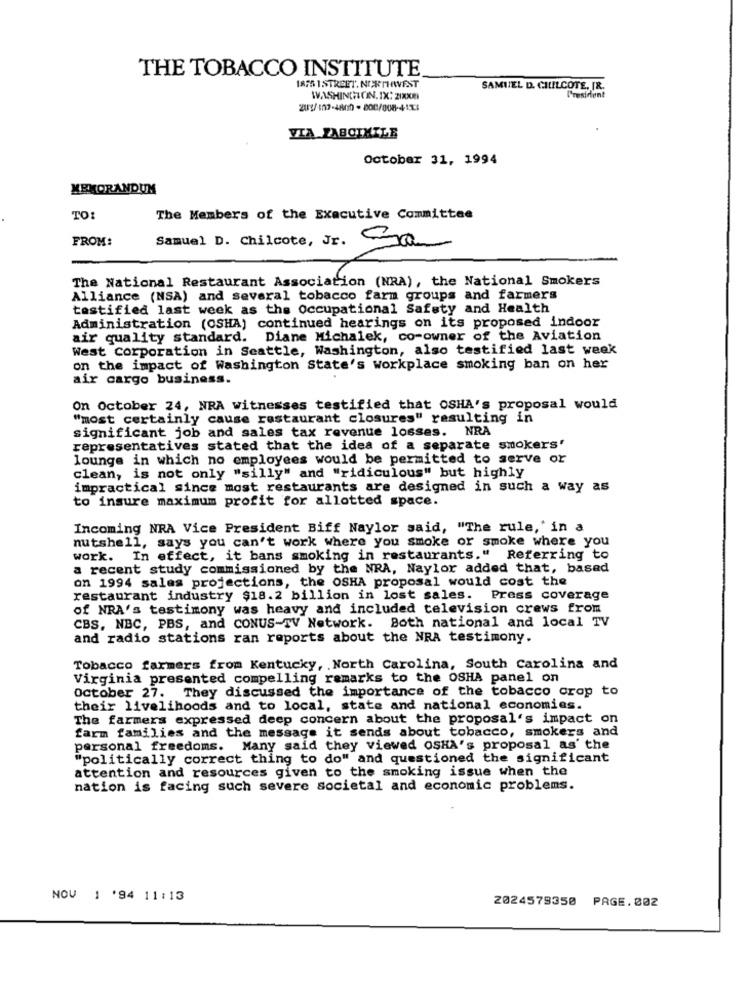
THE TOBACCO INSTITUTE
1875 1STREET. NORTHWEST
SAMUEL D. CHILCOTE, JR.
WASHINGTON.IX: 21XXXX
President
2017/107-4800 -800/008-45524
VIA YABOIMILE
October 31, 1994
MEMORANDUM
TO:
The Members of the Executive Committee
FROM:
Samuel D. Chilcote, Jr. Ja
The National Restaurant Association (NRA), the National Smokers
Alliance (NSA) and several tobacco farm groups and farmers
testified last week as the Occupational Safety and Health
Administration (OSHA) continued hearings on its proposed indoor
air quality standard. Diane Michalek, co-owner of the Aviation
West Corporation in Seattle, Washington, also testified last week
on the impact of Washington State's workplace smoking ban on her
air cargo business.
On October 24, NRA witnesses testified that OSHA's proposal would
"most certainly cause restaurant closures" resulting in
significant job and sales tax revenue losses. NRA
representatives stated that the idea of a separate smokers'
lounge in which no employees would be permitted to serve or
clean, is not only "silly" and "ridiculous" but highly
impractical since most restaurants are designed in such a way as
to insure maximum profit for allotted space.
Incoming NRA Vice President Biff Naylor said, "The rule,' in a
nutshell, says you can't work where you smoke or smoke where you
work. In effect, it bans smoking in restaurants." Referring to
a recent study commissioned by the NRA, Naylor added that, based
on 1994 salas projections, the OSHA proposal would cost the
restaurant industry $18.2 billion in lost sales. Press coverage
of NRA's testimony was heavy and included television crews from
CBS, NBC, PBS, and CONUS-TV Network. Both national and local TV
and radio stations ran reports about the NRA testimony.
Tobacco farmers from Kentucky, North Carolina, South Carolina and
Virginia presented compelling remarks to the OSHA panel on
october 27. They discussed the importance of the tobacco crop to
their livelihoods and to local, state and national economies.
The farmers expressed deep concern about the proposal's impact on
farm families and the message it sends about tobacco, smokers and
personal freedoms. Many said they viewed OSHA's proposal as' the
"politically correct thing to do" and questioned the significant
attention and resources given to the smoking issue when the
nation is facing such severe societal and economic problems.
NOV 1 '94 11:13
2024579350 PAGE.002